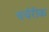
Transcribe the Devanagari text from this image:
चर्चरीक